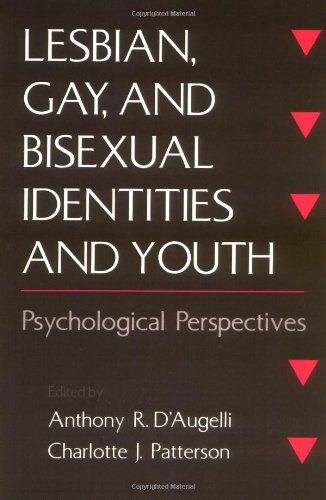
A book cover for Lesbian, Gay, and Bisexual Identities and Youth: Psychological Perspectives; Gay & Lesbian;